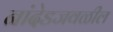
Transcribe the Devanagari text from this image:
नांदेडजवळील